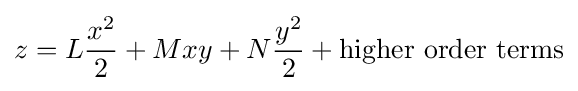
z=L{\frac {x^{2}}{2}}+Mxy+N{\frac {y^{2}}{2}}+{\text{higher order terms}}